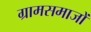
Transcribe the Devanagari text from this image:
ग्रामसमाजों